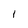
Character: I